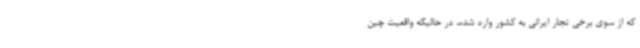
که از سوی برخی تجار ایرانی به کشور وارد شده، در حالیکه واقعیت چین